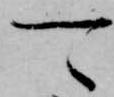
可